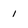
Character: 1